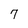
Character: 7